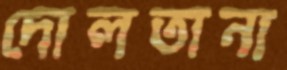
দোলতানা